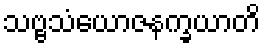
သဗ္ဗသံယောဇနက္ခယာတိ